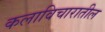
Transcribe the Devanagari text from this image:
कलाविचारातील